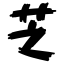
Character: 芝